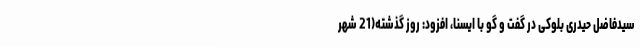
سیدفاضل حیدری بلوکی در گفت و گو با ایسنا، افزود: روز گذشته(21 شهر